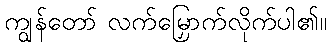
ကျွန်တော် လက်မြှောက်လိုက်ပါ၏။